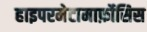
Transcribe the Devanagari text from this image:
हाइपरमेटामार्फ़ोसिस